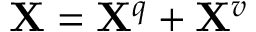
\mathbf { X } = \mathbf { X } ^ { q } + \mathbf { X } ^ { v }